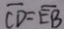
\overline { C D } = \overline { E B }